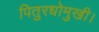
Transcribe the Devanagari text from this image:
पितुरधोमुखी।